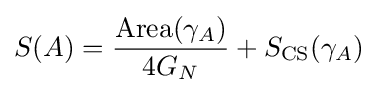
S(A)={\frac {{\text{Area}}(\gamma _{A})}{4G_{N}}}+S_{\text{CS}}(\gamma _{A})